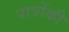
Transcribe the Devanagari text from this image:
पात्रोंकी